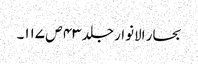
بحار الانوار جلد ۴۳ ص ۱۱۷۔